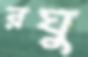
রঘু